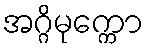
အဂ္ဂိမုက္ကော